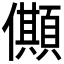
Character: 𠐾